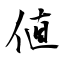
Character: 值